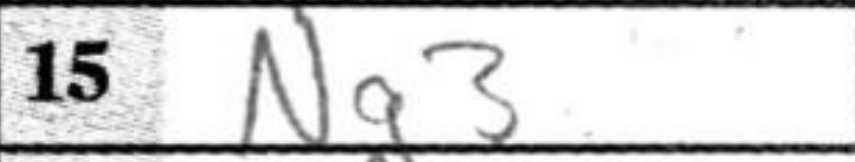
Transcription: Ng3